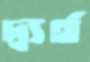
দ্ব্যর্থ